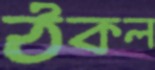
ঠকল